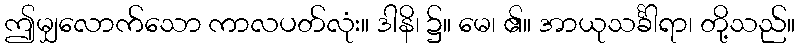
ဤမျှလောက်သော ကာလပတ်လုံး။ ဒါနိ၊ ၌။ မေ၊ ၏။ အာယုသင်္ခါရာ၊ တို့သည်။